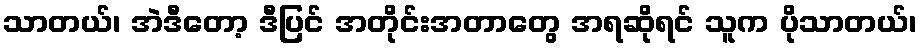
သာတယ်၊ အဲဒီတော့ ဒီပြင် အတိုင်းအတာတွေ အရဆိုရင် သူက ပိုသာတယ်၊